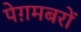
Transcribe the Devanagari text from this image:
पेग़मबरों